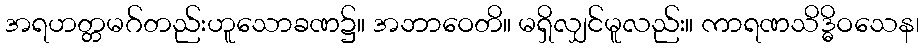
အရဟတ္တမဂ်တည်းဟူသောခဏ၌။ အဘာဝေတိ။ မရှိလျှင်မူလည်း။ ကာရဏသိဒ္ဓိဝသေန၊